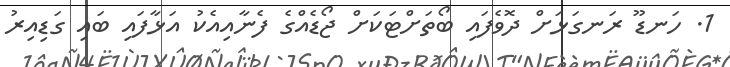
1. ހަނޑޫ ރަނގަޅަށް ދޮވެފައި ބޯތަށްޓަކަށް ޖޯޑެއްގެ ފެނާއިއެކު އަޅާފައި ބައި ގަޑިއިރު